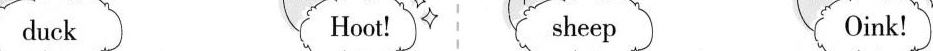
duck Hoot! sheep Oink!